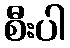
စီးပါ